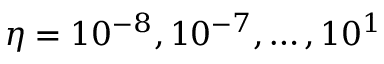
\eta = 1 0 ^ { - 8 } , 1 0 ^ { - 7 } , \dotsc , 1 0 ^ { 1 }